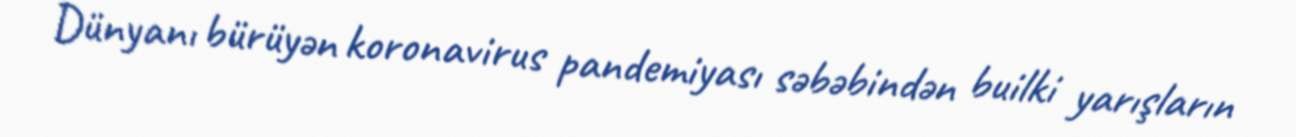
Dünyanı bürüyən koronavirus pandemiyası səbəbindən builki yarışların